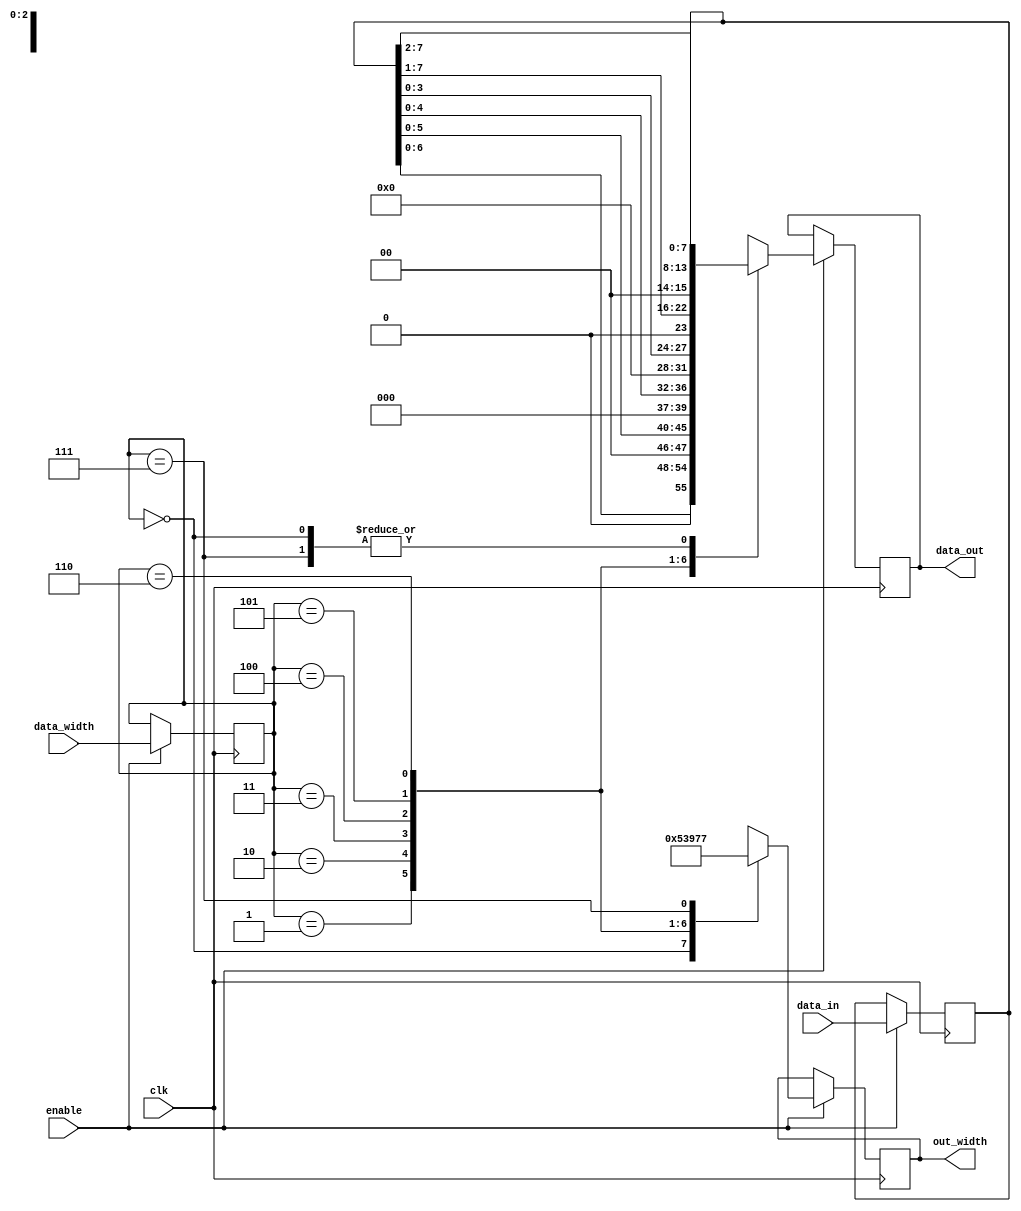
module variable_width_bypass_register (
    input wire clk,
    input wire enable,
    input wire [7:0] data_in,
    input wire [2:0] data_width,
    output reg [7:0] data_out,
    output reg [2:0] out_width
);

reg [7:0] internal_data;
reg [2:0] internal_width;

always @(posedge clk) begin
    if(enable) begin
        internal_data <= data_in;
        internal_width <= data_width;
    end
end

always @(posedge clk) begin
    if(enable) begin
        case(internal_width)
            3'b000: begin
                data_out <= internal_data[7:0];
                out_width <= 3'b000;
            end
            3'b001: begin
                data_out <= internal_data[6:0];
                out_width <= 3'b001;
            end
            3'b010: begin
                data_out <= internal_data[5:0];
                out_width <= 3'b010;
            end
            3'b011: begin
                data_out <= internal_data[4:0];
                out_width <= 3'b011;
            end
            3'b100: begin
                data_out <= internal_data[3:0];
                out_width <= 3'b100;
            end
            3'b101: begin
                data_out <= internal_data[7:1];
                out_width <= 3'b101;
            end
            3'b110: begin
                data_out <= internal_data[7:2];
                out_width <= 3'b110;
            end
            3'b111: begin
                data_out <= internal_data;
                out_width <= 3'b111;
            end
        endcase
    end
end

endmodule